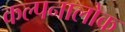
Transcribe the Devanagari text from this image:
कल्पनालोक